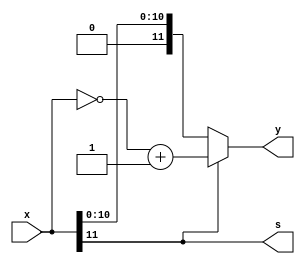
`timescale 1ns / 1ps 

module twoc_to_sm (x, y, s);
input wire [11:0] x;

output reg [11:0] y;
output reg s;

always @*
begin
s = x[11];
if(s == 0)
	y = x;
else
	y = (~x) + 1;
end
endmodule